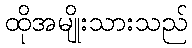
ထိုအမျိုးသားသည်